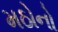
મઠોનો